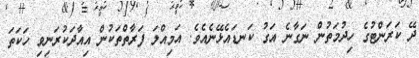
ދޭ ކަރަންޓުގެ ހިދުމަތުން ނަގާނެ އަގު ކަނޑައެޅޭނެއެވެ. އަމިއްލަ ފަރާތްތަކުން އިއާދަކުރަނިވި ހަކަތަ